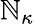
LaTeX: \mathbb{N}_{\kappa}